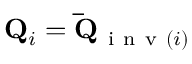
\mathbf { Q } _ { i } = \mathbf { \bar { Q } } _ { \mathrm { ~ i ~ n ~ v ~ } ( i ) }